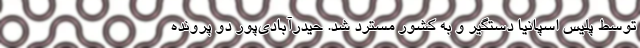
توسط پلیس اسپانیا دستگیر و به کشور مسترد شد. حیدرآبادی‌پور دو پرونده